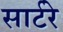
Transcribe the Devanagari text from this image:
सार्टरे